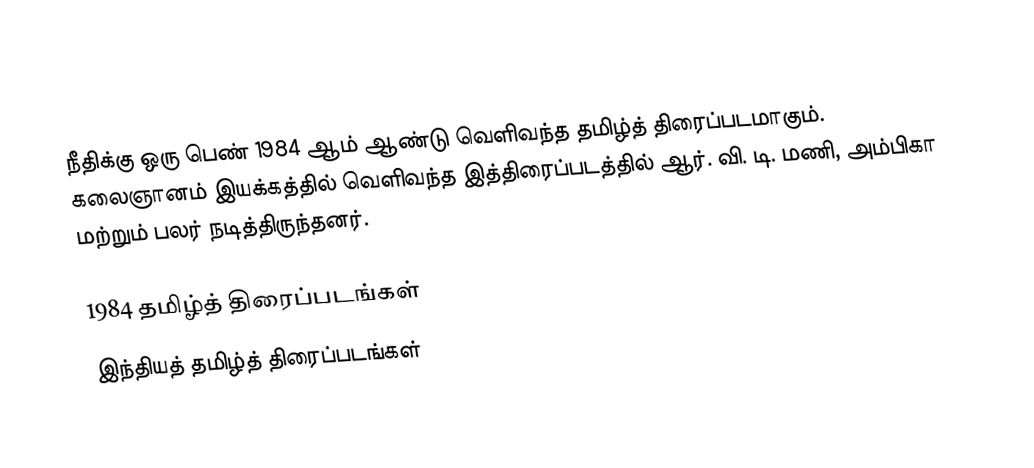
நீதிக்கு ஒரு பெண் 1984 ஆம் ஆண்டு வெளிவந்த தமிழ்த் திரைப்படமாகும். கலைஞானம் இயக்கத்தில் வெளிவந்த இத்திரைப்படத்தில் ஆர். வி. டி. மணி, அம்பிகா மற்றும் பலர் நடித்திருந்தனர்.

1984 தமிழ்த் திரைப்படங்கள்
இந்தியத் தமிழ்த் திரைப்படங்கள்